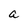
Character: a